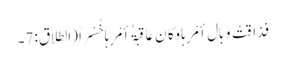
فَذَاقَتْ وَبَالَ أَمْرِہَا وَکَانَ عَاقِبَۃُ أَمْرِہَا خُسْراً (الطلاق: 7۔